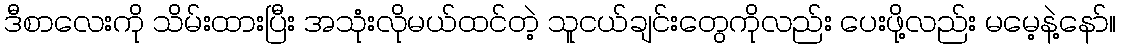
ဒီစာလေးကို သိမ်းထားပြီး အသုံးလိုမယ်ထင်တဲ့ သူငယ်ချင်းတွေကိုလည်း ပေးဖို့လည်း မမေ့နဲ့နော်။